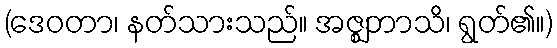
(ဒေဝတာ၊ နတ်သားသည်။ အဇ္ဈဘာသိ၊ ရွတ်၏။)